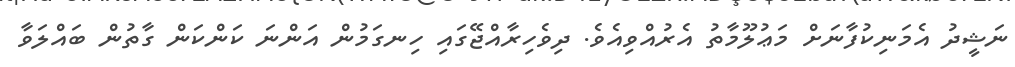
ނަޝީދު އެމަނިކުފާނަށް މަޢުލޫމާތު އެރުއްވިއެވެ. ދިވެހިރާއްޖޭގައި ހިނގަމުން އަންނަ ކަންކަން ގާތުން ބައްލަވާ